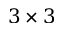
3 \times 3